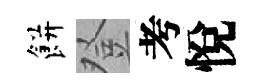
餅登考悅